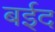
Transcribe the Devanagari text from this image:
बईद